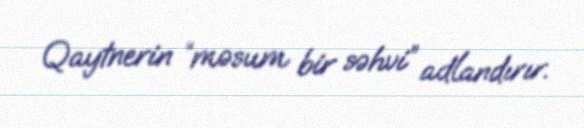
Qaytnerin “məsum bir səhvi” adlandırır.